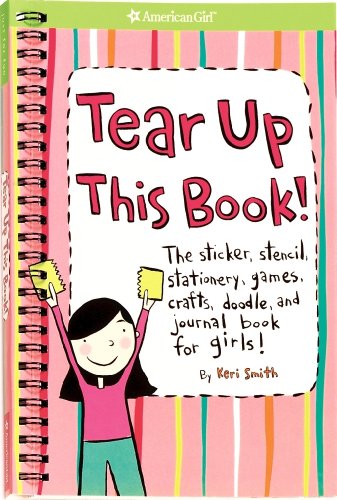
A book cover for Tear Up This Book! (American Girl Library); Keri Smith; Children's Books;